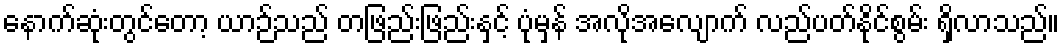
နောက်ဆုံးတွင်တော့ ယာဉ်သည် တဖြည်းဖြည်းနှင့် ပုံမှန် အလိုအလျောက် လည်ပတ်နိုင်စွမ်း ရှိလာသည်။